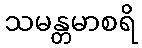
သမန္တမာစရိ